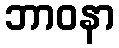
ဘာဝနာ